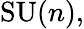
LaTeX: \mathrm{SU}(n),